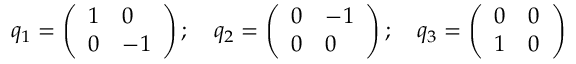
q _ { 1 } = \left( \begin{array} { l l } { { 1 } } & { { 0 } } \\ { { 0 } } & { { { - 1 } } } \end{array} \right) ; \quad q _ { 2 } = \left( \begin{array} { l l } { { 0 } } & { { { - 1 } } } \\ { { 0 } } & { { 0 } } \end{array} \right) ; \quad q _ { 3 } = \left( \begin{array} { l l } { { 0 } } & { { 0 } } \\ { { 1 } } & { { 0 } } \end{array} \right)